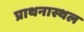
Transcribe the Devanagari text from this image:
प्राथनास्थल